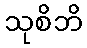
သုစိဘိ